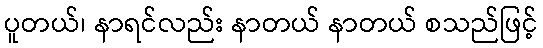
ပူတယ်၊ နာရင်လည်း နာတယ် နာတယ် စသည်ဖြင့်